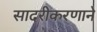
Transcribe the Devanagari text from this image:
सादरीकरणाने